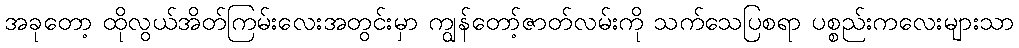
အခုတော့ ထိုလွယ်အိတ်ကြမ်းလေးအတွင်းမှာ ကျွန်တော့်ဇာတ်လမ်းကို သက်သေပြစရာ ပစ္စည်းကလေးများသာ